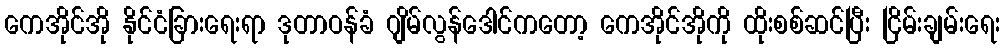
ကေအိုင်အို နိုင်ငံခြားရေးရာ ဒုတာဝန်ခံ ဂျိမ်လွန်ဒေါင်ကတော့ ကေအိုင်အိုကို ထိုးစစ်ဆင်ပြီး ငြိမ်းချမ်းရေး